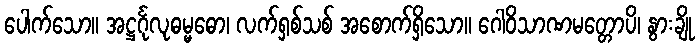
ပေါက်သော။ အဋ္ဌင်္ဂုလုဓမ္မဓော၊ လက်ရှစ်သစ် အစောက်ရှိသော။ ဂေါဝိသာဏမတ္တောပိ၊ နွားချို